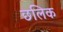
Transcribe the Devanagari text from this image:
छलिक